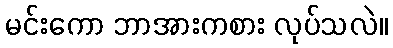
မင်းကော ဘာအားကစား လုပ်သလဲ။